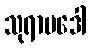
သုရာမဒေါ